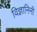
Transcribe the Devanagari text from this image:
विज्ञानिनी